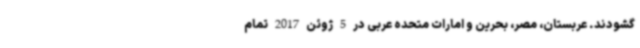
گشودند. عربستان، مصر، بحرین و امارات متحده عربی در 5 ژوئن 2017 تمام